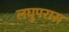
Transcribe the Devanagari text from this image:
लघुपरास